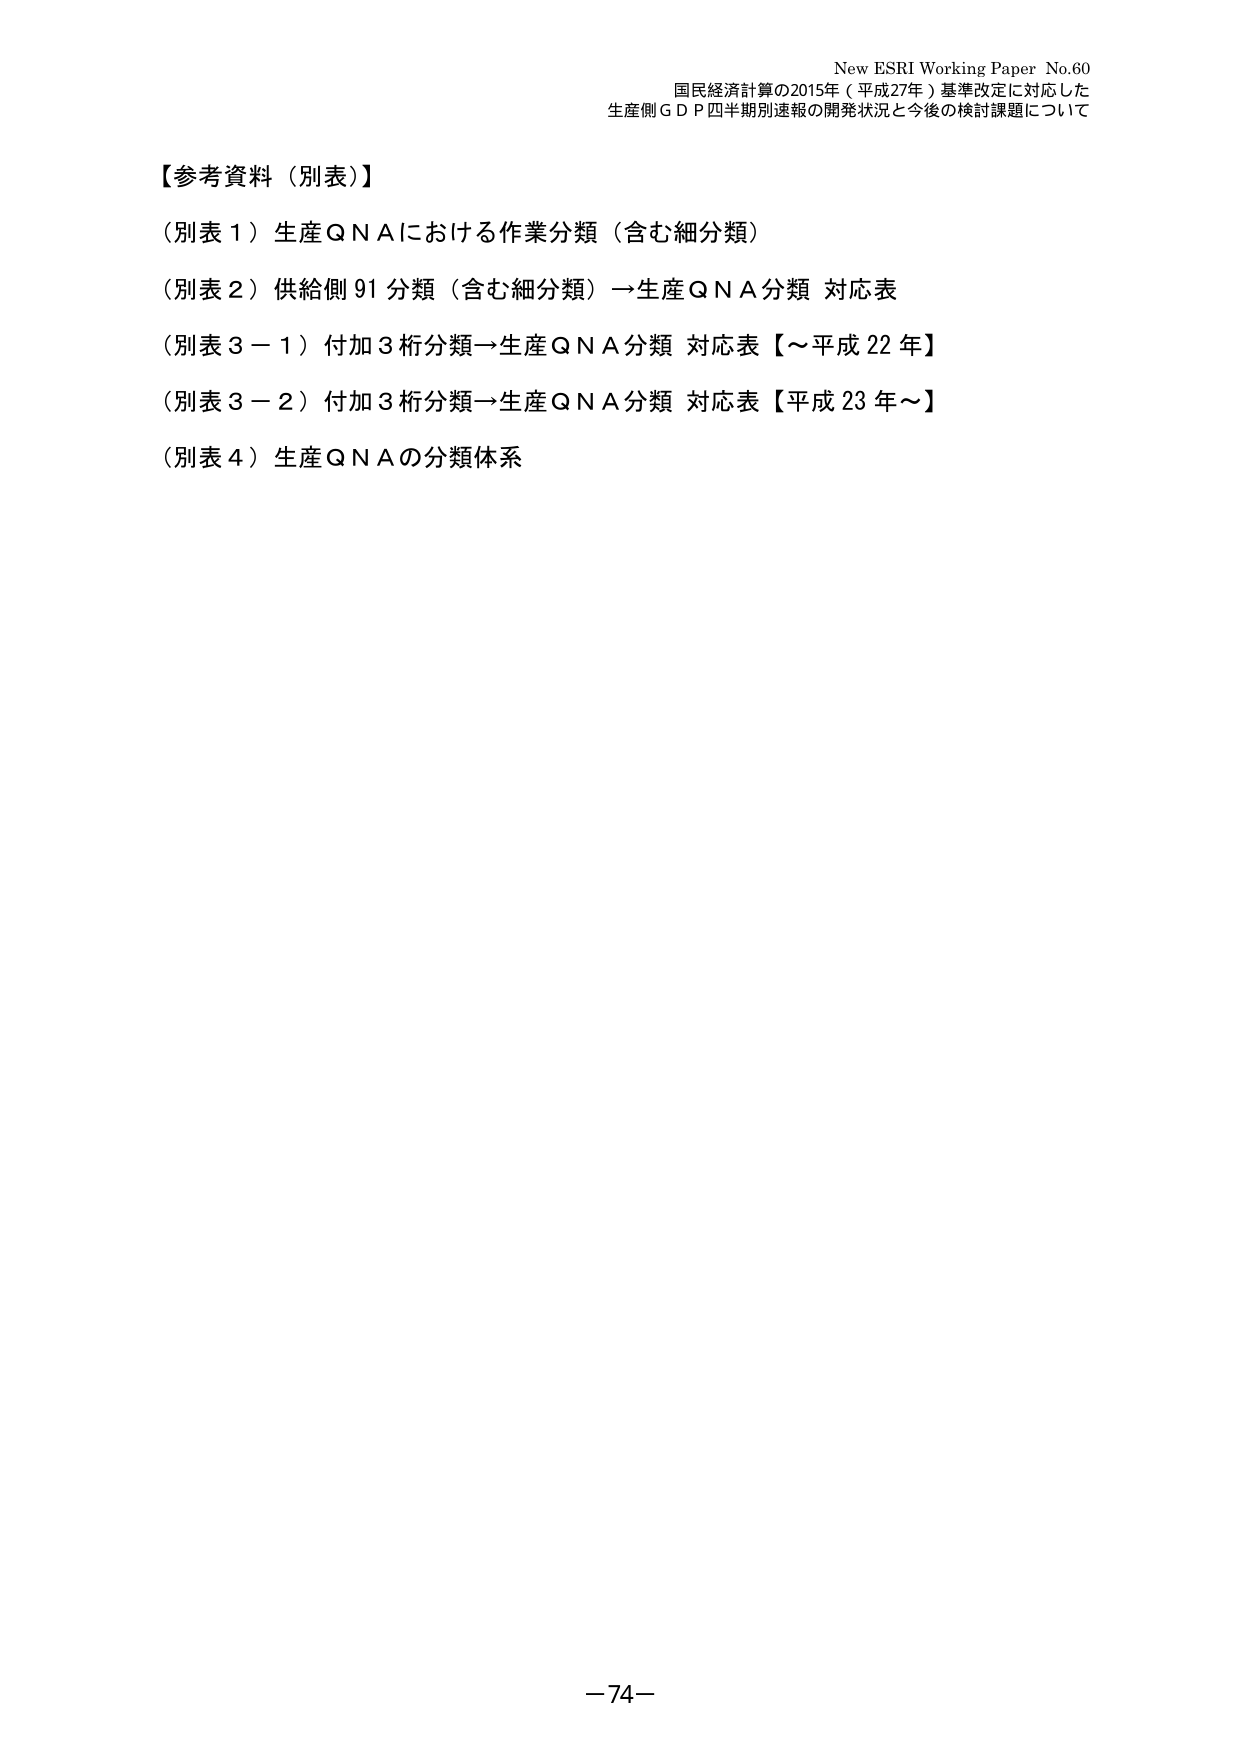
New ESRI Working Paper No.60
国民経済計算の2015年（平成27年）基準改定に対応した
生産側ＧＤＰ四半期別速報の開発状況と今後の検討課題について

【参考資料（別表）】
（別表１）生産ＱＮＡにおける作業分類（含む細分類）
（別表２）供給側91分類（含む細分類）→生産ＱＮＡ分類 対応表
（別表３－１）付加3桁分類→生産ＱＮＡ分類 対応表【～平成22年】
（別表３－２）付加3桁分類→生産ＱＮＡ分類 対応表【平成23年～】
（別表４）生産ＱＮＡの分類体系

－74－